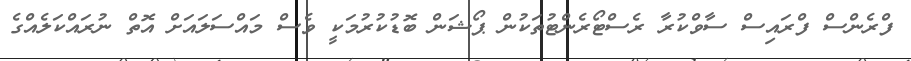
ފްރެންސް ފްރައިސް ސާވްކުރާ ރެސްޓޯރެންޓުތަކުން ޕޯޝަން ބޮޑުކުރުމަކީ ވެސް މައްސަލައަށް އޮތް ނުރައްކަލެއްގެ